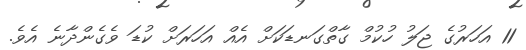
11 އަހަރުގެ ޖަލު ހުކުމް ގާތްގަނޑަކަށް އެއް އަހަރަށް ކުޑަ ވެގެންދާނެ އެެވެ.